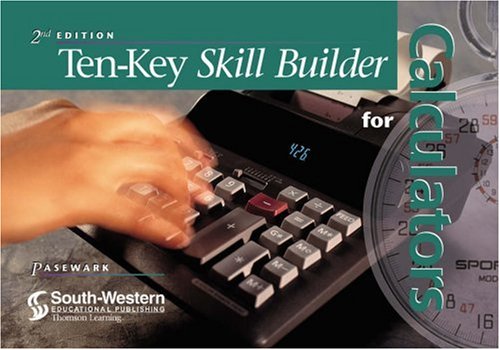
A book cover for Ten-Key Skill Builder for Calculators; William R. Pasewark; Business & Money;